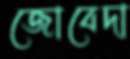
জোবেদা